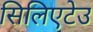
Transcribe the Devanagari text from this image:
सिलिएटेउ